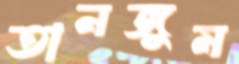
তানজুম